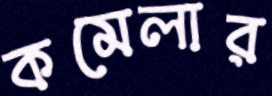
কমেলার